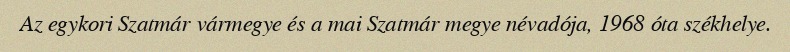
Az egykori Szatmár vármegye és a mai Szatmár megye névadója, 1968 óta székhelye.